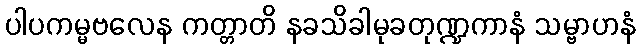
ပါပကမ္မဗလေန ကတ္တာတိ နခသိခါမုခတုဏ္ဍကာနံ သမ္ဗာဟနံ